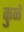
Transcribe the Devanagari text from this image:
कुळें